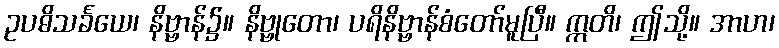
ဥပဓိသင်္ခယေ၊ နိဗ္ဗာန်၌။ နိဗ္ဗုတော၊ ပရိနိဗ္ဗာန်စံတော်မူပြီ။ ဣတိ၊ ဤသို့။ အာဟ၊